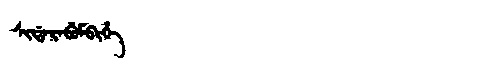
Manchu: ᠰᡳᡩᠠᡵᠠᠪᡠᠮᠪᡳᡥᡝ
Romanization: SIDARABUMBIHE